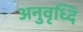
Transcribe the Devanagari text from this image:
अनुवृध्दि